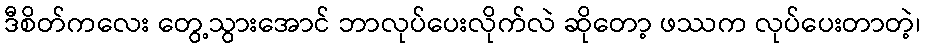
ဒီစိတ်ကလေး တွေ့သွားအောင် ဘာလုပ်ပေးလိုက်လဲ ဆိုတော့ ဖဿက လုပ်ပေးတာတဲ့၊